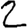
Digit: 2